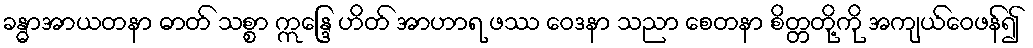
ခန္ဓာအာယတနာ ဓာတ် သစ္စာ ဣန္ဒြေ ဟိတ် အာဟာရ ဖဿ ဝေဒနာ သညာ စေတနာ စိတ္တတို့ကို အကျယ်ဝေဖန်၍